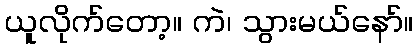
ယူလိုက်တော့။ ကဲ၊ သွားမယ်နော်။